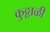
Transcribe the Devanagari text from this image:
कुठ्ठाळी